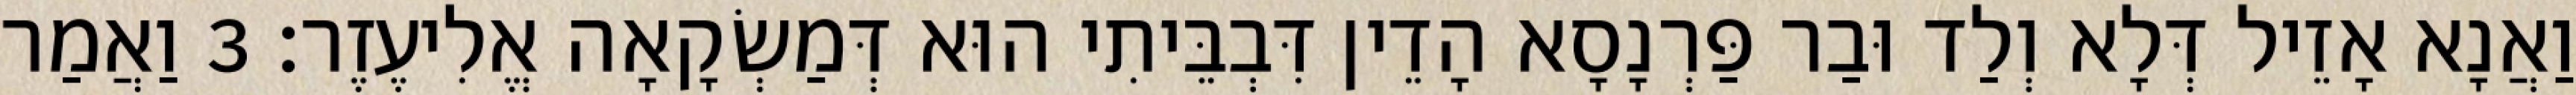
וַאֲנָא אָזֵיל דְּלָא וְלַד וּבַר פַּרְנָסָא הָדֵין דִּבְבֵּיתִי הוּא דְּמַשְׂקָאָה אֱלִיעֶזֶר׃ 3 וַאֲמַר